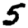
Digit: 5